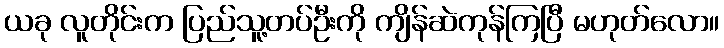
ယခု လူတိုင်းက ပြည်သူ့တပ်ဦးကို ကျိန်ဆဲကုန်ကြပြီ မဟုတ်လော။